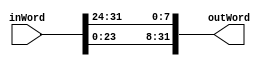
module RotWord(inWord, outWord);

input [31:0] inWord;
output [31:0] outWord;

assign outWord[31:8] = inWord[23:0];
assign outWord[7:0] = inWord[31:24];

endmodule